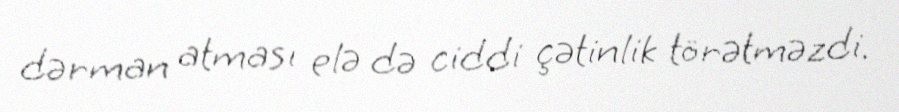
dərman atması elə də ciddi çətinlik törətməzdi.